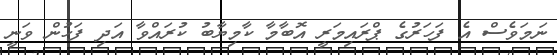
ނަމަވެސް އެ ފަަހަރުގެ ޕްރައިމަރީ އޮބާމާ ކާމިޔާބު ކުރައްވާ އަދި ފަހުން ވަނީ